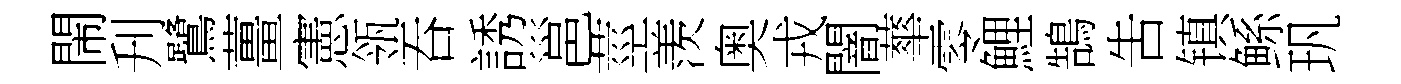
閙刋鷺薑憲瓴吞誘邕莖羡奥戎闇蕐零鯉鵠吿镇鲧㺬